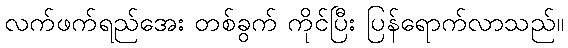
လက်ဖက်ရည်အေး တစ်ခွက် ကိုင်ပြီး ပြန်ရောက်လာသည်။